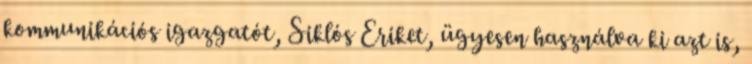
kommunikációs igazgatót, Siklós Eriket, ügyesen használva ki azt is,